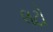
લટો